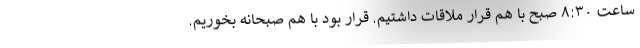
ساعت ۸:۳۰ صبح با هم قرار ملاقات داشتیم. قرار بود با هم صبحانه بخوریم.